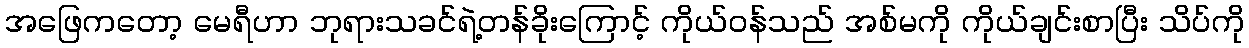
အဖြေကတော့ မေရီဟာ ဘုရားသခင်ရဲ့တန်ခိုးကြောင့် ကိုယ်ဝန်သည် အစ်မကို ကိုယ်ချင်းစာပြီး သိပ်ကို